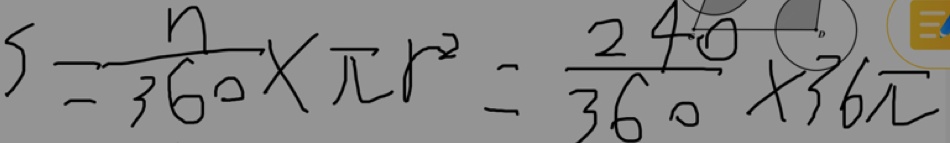
S = \frac { n } { 3 6 0 } \times \pi r ^ { 2 } = \frac { 2 4 0 } { 3 6 0 } \times 3 6 \pi